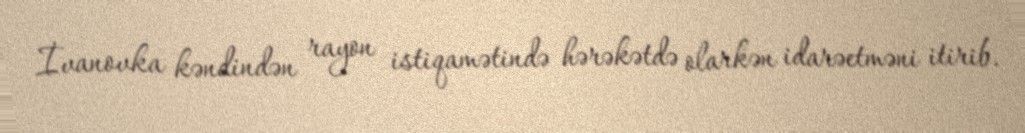
İvanovka kəndindən rayon istiqamətində hərəkətdə olarkən idarəetməni itirib.